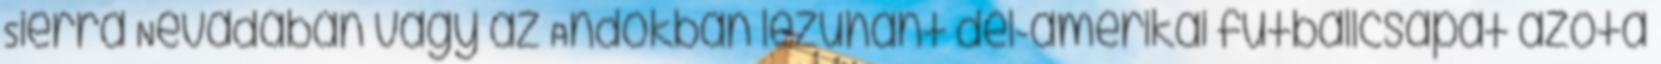
Sierra Nevadában vagy az Andokban lezuhant dél-amerikai futballcsapat azóta